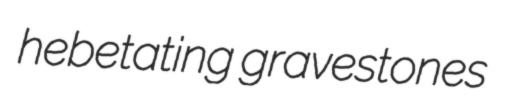
hebetating gravestones